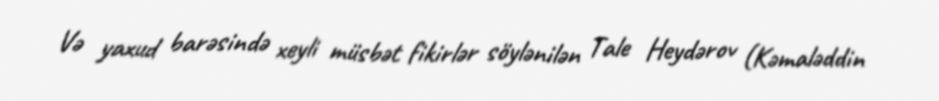
Və yaxud barəsində xeyli müsbət fikirlər söylənilən Tale Heydərov (Kəmaləddin